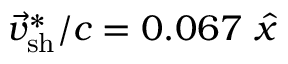
{ \vec { v } } _ { \mathrm { s h } } ^ { \ast } / c = 0 . 0 6 7 ~ \hat { x }